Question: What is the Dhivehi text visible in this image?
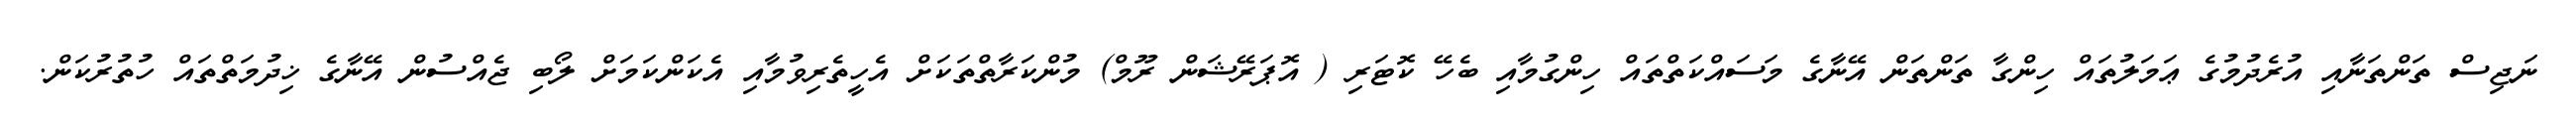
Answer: ނަޖިސް ތަންތަނާއި އުރެދުމުގެ ޢަމަލުތައް ހިންގާ ތަންތަން އޭނާގެ މަސައްކަތްތައް ހިންގުމާއި ބެހޭ ކޮޓަރި ( އޮޕަރޭޝަން ރޫމް) މުންކަރާތްތަކަށް އެހީތެރިވުމާއި އެކަންކަމަށް ލޯބި ޖެއްސުން އޭނާގެ ޚިދުމަތްތައް ހުތުރުކަން.